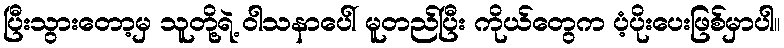
ပြီးသွားတော့မှ သူတို့ရဲ့ ဝါသနာပေါ် မူတည်ပြီး ကိုယ်တွေက ပံ့ပိုးပေးဖြစ်မှာပါ။